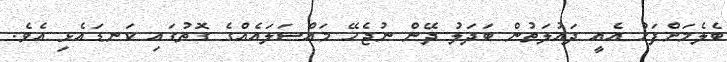
ބެލެމަށްފަހު އެއީ ދައުލަތުން ބަދަލު ދޭން ނުޖެހޭ މައްސަލައެއްގެ ގޮތުގައި ކަނޑައެޅި އެވެ.